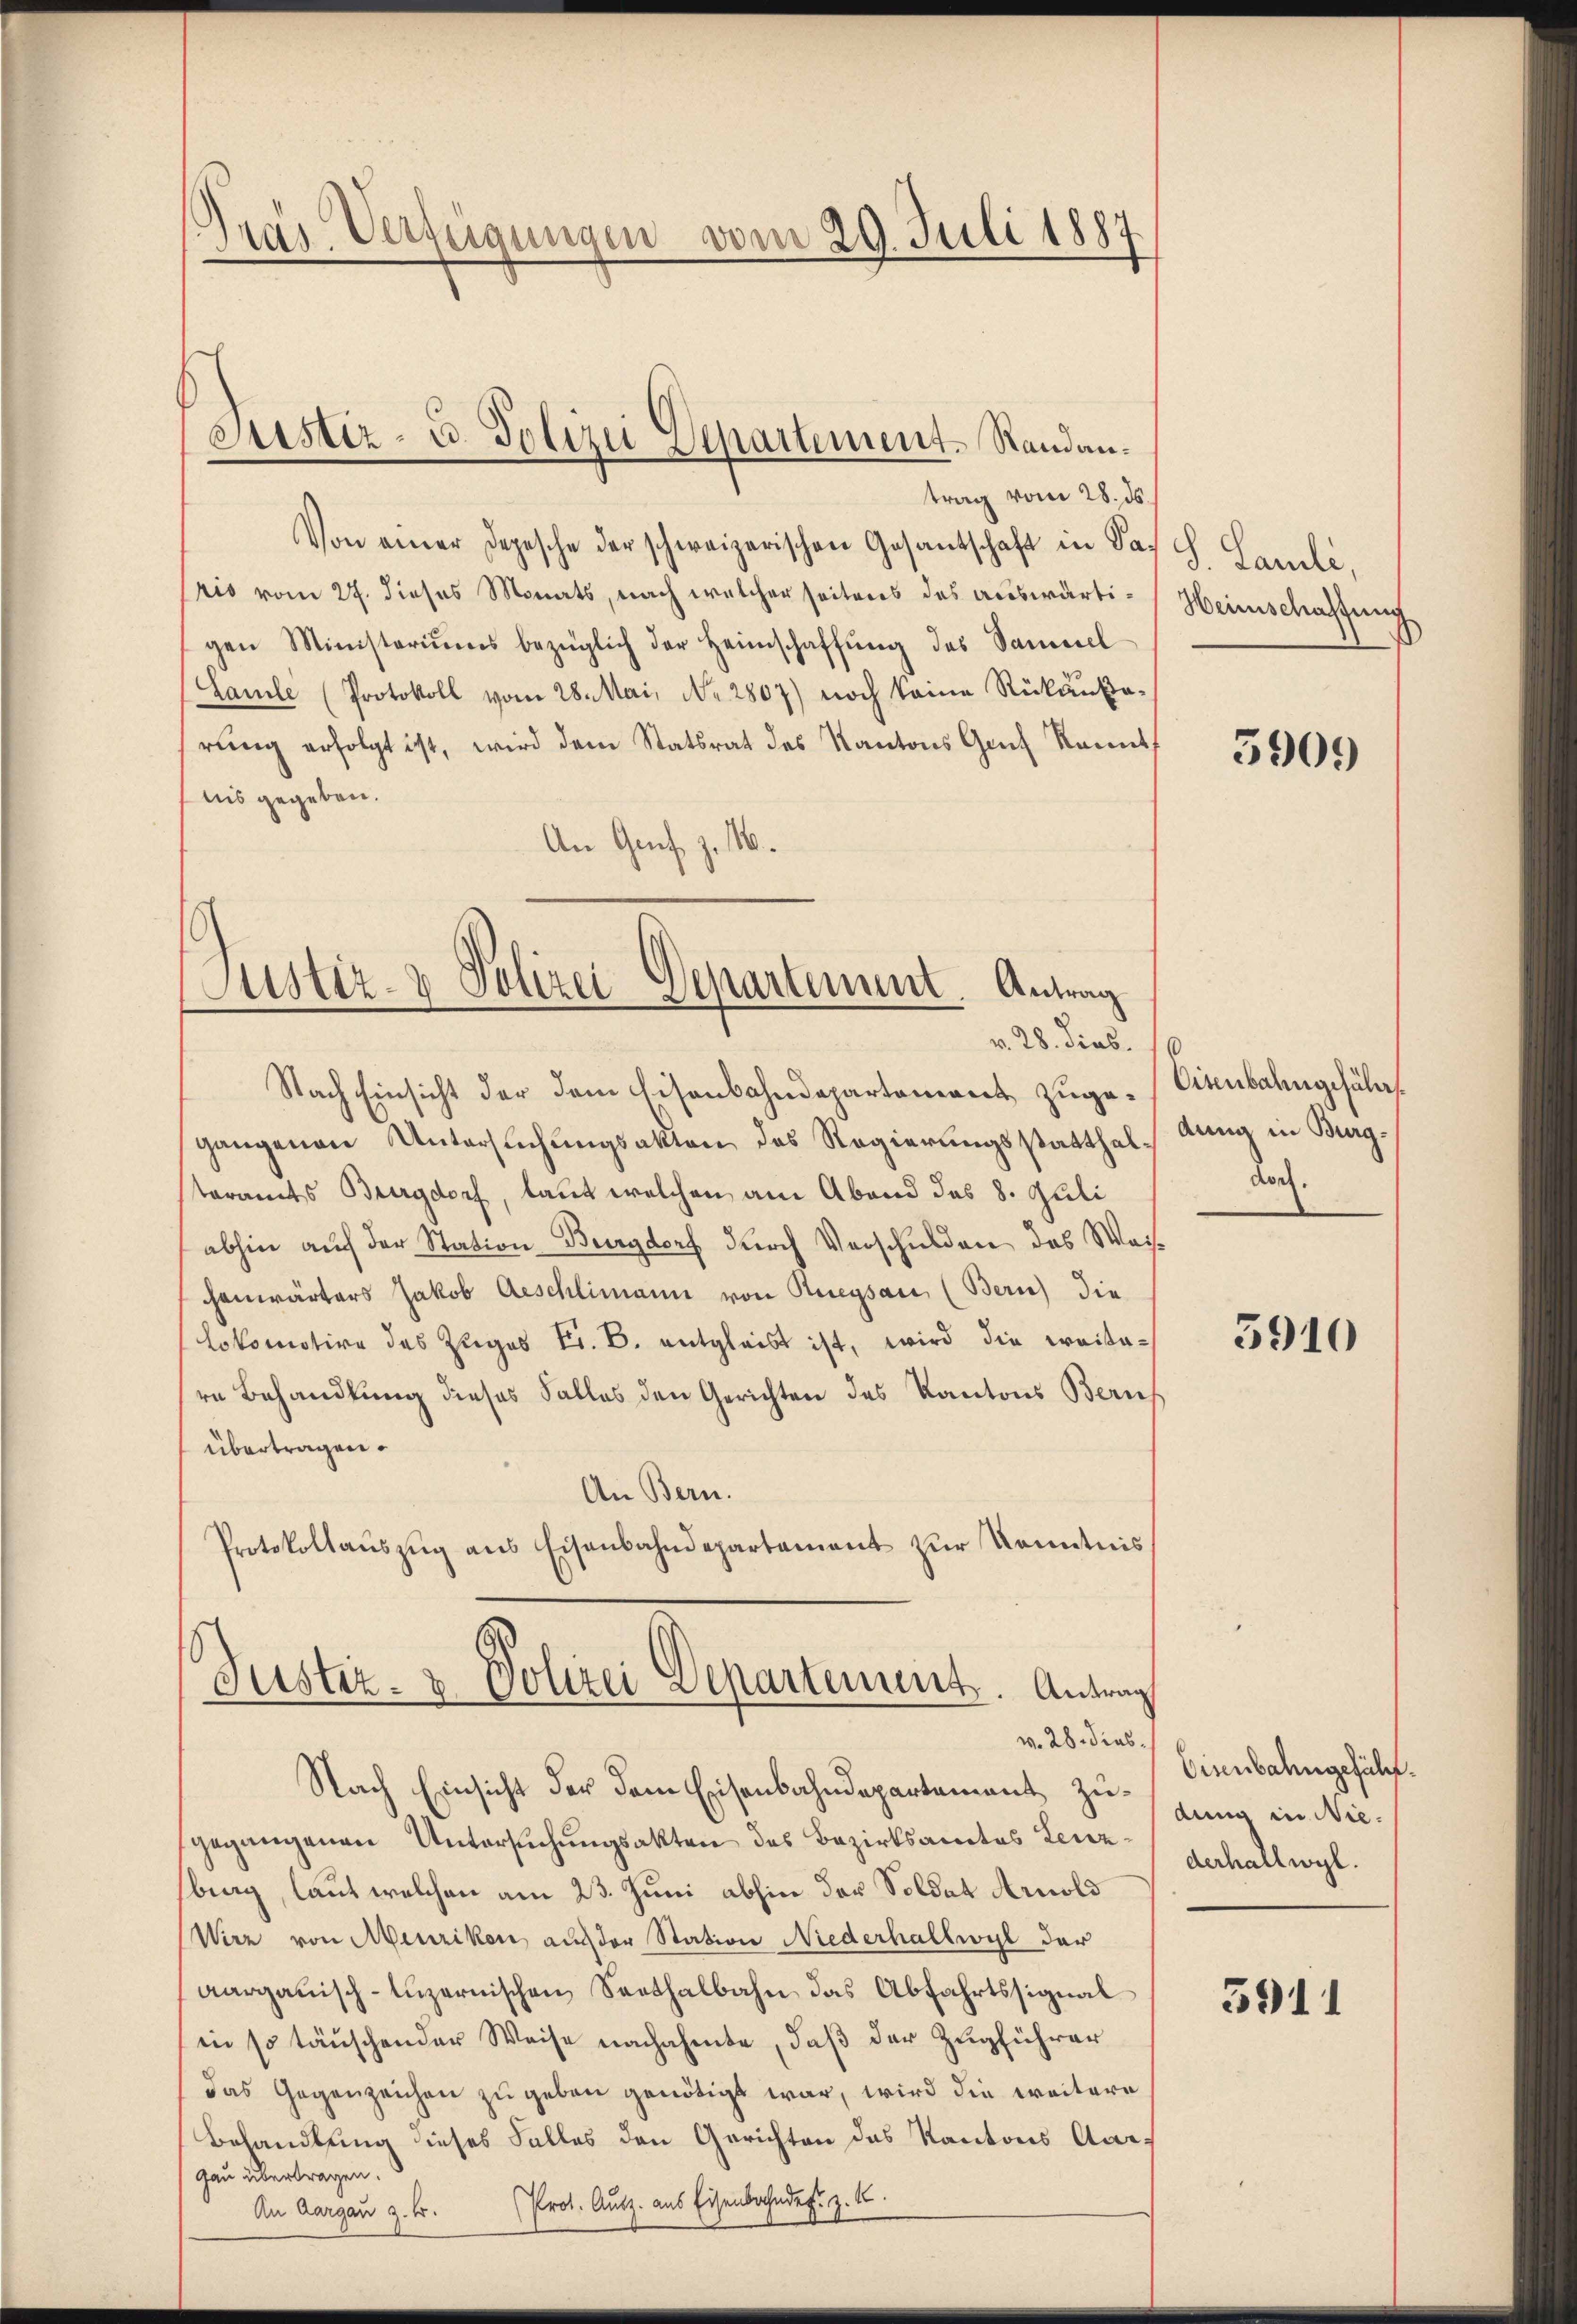
Pras Verfügungen vom 29. Juli 1887

trag vom 28. ds.
Von einer Depesche der schweizerischen Gesantschaft in Soh H. Seele,
Cris vom 27. dieses Monats, nach welcher seitens des auswärtigen Ministeriŭms bezüglich der Heimschaffŭng des Sammel-
(Laule (Protokoll vom 28. Mai, No. 2807) noch keine Rükausarŭng erfolgt ist, wird dem Statsrat des Kantons Ganz kannt
nis gegeben.
An Ges. z. 146.

Justiz- u. Polizei Departement-Standan¬

Justiz- & Polizei Departement. Antrag
v. 28. dies. 10

Nach Einsicht der dem Eisenbahndepartoniret zuge-Cienbahngefährs
gangenen Untersuchungsakten des Regierungsstatthaltung in Burgsteramts Burgdorf, laut welchen am Abend des 8. Juli
abhin auf der Station Burgdorf durch Verschulden, das Weise
chenwärters Jakob Aeschlimann von Ruegsau, (Bern) die
Lokomotire des Zuges Fr. B. entgleibt ist, wird die Kreistare Behandlung dieses Falles den Gerichten des Kantons Beruf
übertragen.
An Bern.
Protokollaŭszŭg aŭs Eisenbahndepartament zŭr Kenntnis

Justiz- & Polizei Departement. Antrag
v. 28. dies

Nach Einsicht der dem Eisenbahndepartement zugegangenen Untersuchungsakten des Bezirksamtes Lenzbing, laut welchen am 23. Juni abhin des Soldat Arnold
Wirz von Menzikon auch der Station Niederhallwyl der
aargauisch-luzernischen Seethalbahn das Abfahrtssignal
in so täuschender Weise nachahmte, daß der Zugführer
das Gegenzeichen zu geben genötigt war, wird die weitere
Behandlung dieses Falles den Gerichten des Kantons Aargau übertragen.
An Aargau z. B. Prot. Ausz. aus Eisenbahndef. z. B.

Heimschaffung

5909

doch.

5910

Eisenbahngefühl.
dung in Niederhallwyl.

3911